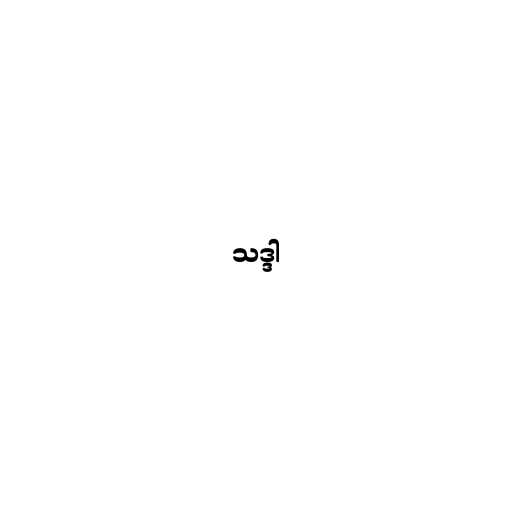
သဒ္ဒါ